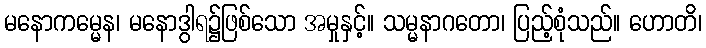
မနောကမ္မေန၊ မနောဒွါရ၌ဖြစ်သော အမှုနှင့်။ သမ္မနာဂတော၊ ပြည့်စုံသည်။ ဟောတိ၊